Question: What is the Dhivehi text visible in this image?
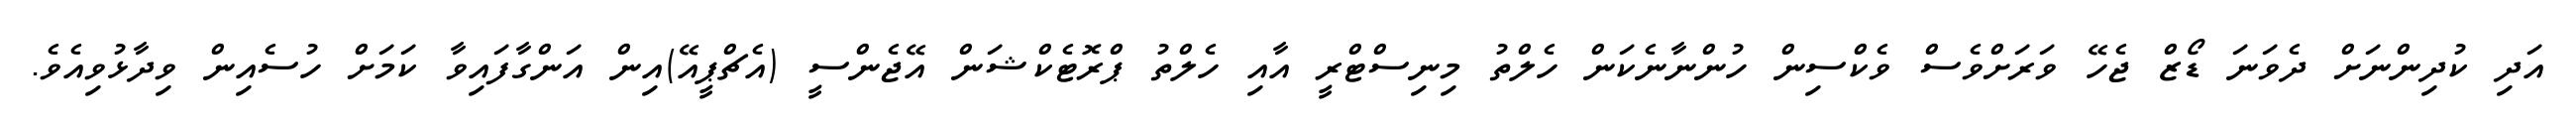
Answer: އަދި ކުދިންނަށް ދެވަނަ ޑޯޒް ޖެހޭ ވަރަށްވެސް ވެކްސިން ހުންނާނެކަން ހެލްތު މިނިސްޓްރީ އާއި ހެލްތު ޕްރޮޓެކްޝަން އޭޖެންސީ (އެޗްޕީއޭ)އިން އަންގާފައިވާ ކަމަށް ހުސެއިން ވިދާޅުވިއެވެ.